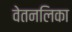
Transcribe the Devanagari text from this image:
वेतनलिका